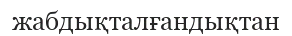
жабдықталғандықтан